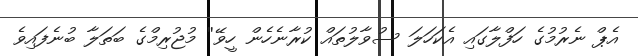
އެޕް ނެރުމުގެ ހަފްލާގައި އެކަހަލަ ސުވާލުތައް ކުރާނެހެން ހީވޭ'' މުޖުރިމްގެ ބަތަލާ ބުނެފައިވެ